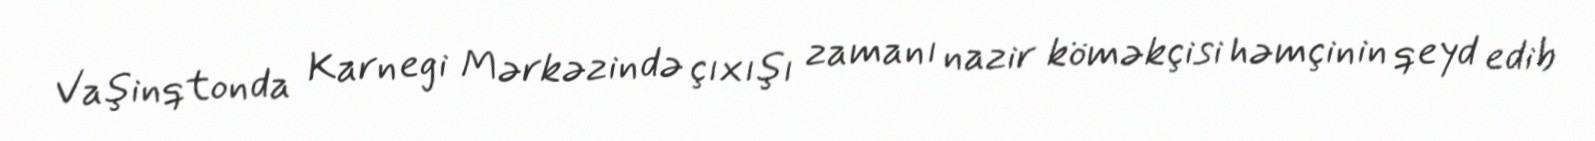
Vaşinqtonda Karnegi Mərkəzində çıxışı zamanı nazir köməkçisi həmçinin qeyd edib